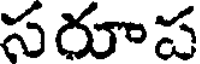
సరూప